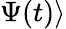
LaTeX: \Psi(t)\rangle